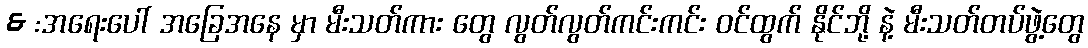
& :အရေးပေါ် အခြေအနေ မှာ မီးသတ်ကား တွေ လွတ်လွတ်ကင်းကင်း ဝင်ထွက် နိုင်ဘို့ နဲ့ မီးသတ်တပ်ဖွဲ့တွေ